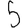
Digit: 5